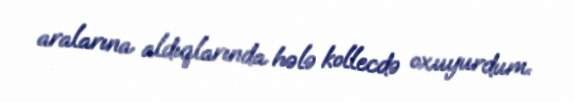
aralarına aldıqlarında hələ kollecdə oxuyurdum.